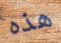
هذه